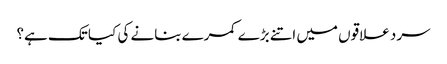
سرد علاقوں میں اتنے بڑے کمرے بنانے کی کیا تک ہے؟